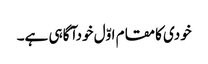
خودی کامقام اوّل خودآگاہی ہے۔